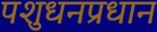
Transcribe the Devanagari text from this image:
पशुधनप्रधान